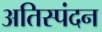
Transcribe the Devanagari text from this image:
अतिस्पंदन